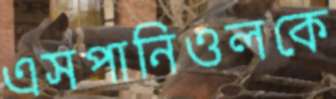
এসপানিওলকে